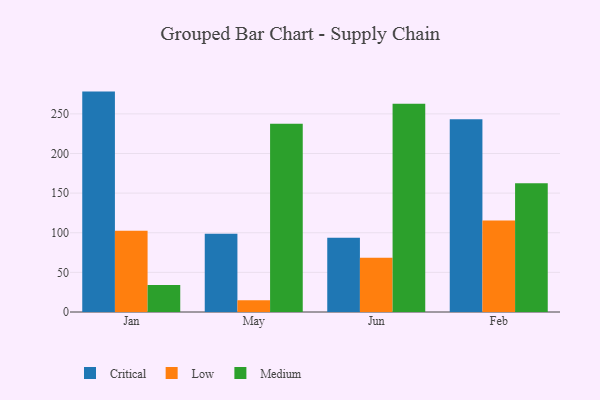
{"axis": {"x": "Month", "y": "Temperature (°C)"}, "legend": ["Critical", "Low", "Medium"], "data": [{"x": "Jan", "y": 278.1, "type": "Critical"}, {"x": "Jan", "y": 102.4, "type": "Low"}, {"x": "Jan", "y": 34.2, "type": "Medium"}, {"x": "May", "y": 98.7, "type": "Critical"}, {"x": "May", "y": 14.8, "type": "Low"}, {"x": "May", "y": 237.5, "type": "Medium"}, {"x": "Jun", "y": 93.8, "type": "Critical"}, {"x": "Jun", "y": 68.5, "type": "Low"}, {"x": "Jun", "y": 262.8, "type": "Medium"}, {"x": "Feb", "y": 243.1, "type": "Critical"}, {"x": "Feb", "y": 115.5, "type": "Low"}, {"x": "Feb", "y": 162.3, "type": "Medium"}]}